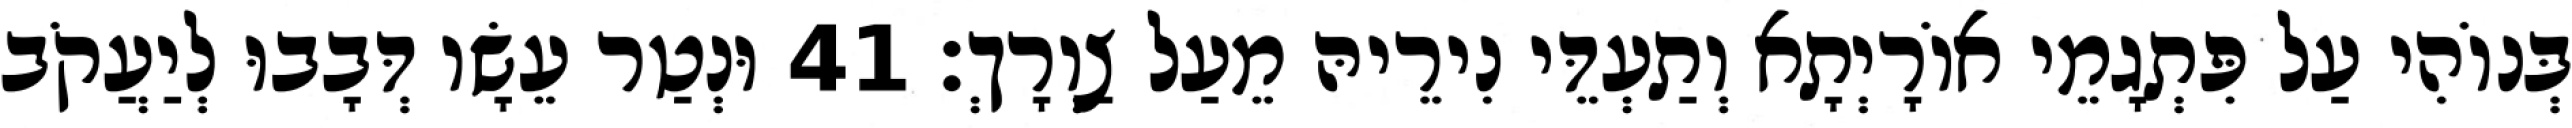
בְּנוֹהִי עַל פִּתְגָמֵי אוֹרָיְתָא וְתַעְדֵּי נִירֵיהּ מֵעַל צַוְרָךְ׃ 41 וּנְטַר עֵשָׂו דְּבָבוּ לְיַעֲקֹב